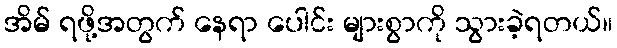
အိမ် ရဖို့အတွက် နေရာ ပေါင်း များစွာကို သွားခဲ့ရတယ်။